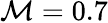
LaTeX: \mathcal{M}=0.7